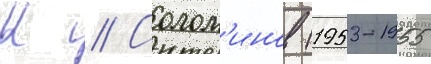
К // Солом'инов (1953-1955